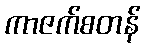
ကာဇက်စတန်